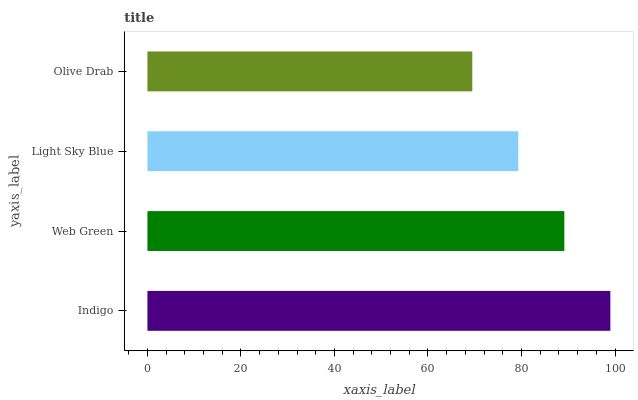
| yaxis_label | bars |
 | --- | --- |
 | Indigo | 99 |
 | Web Green | 89.2 |
 | Light Sky Blue | 79.3 |
 | Olive Drab | 69.5 |